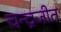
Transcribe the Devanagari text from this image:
चन्द्रजीत